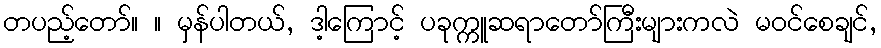
တပည့်တော်။ ။ မှန်ပါတယ်, ဒါ့ကြောင့် ပခုက္ကူဆရာတော်ကြီးများကလဲ မဝင်စေချင်,